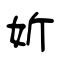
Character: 妡